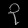
Digit: ၃